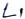
Text: L1